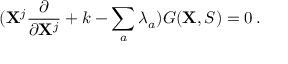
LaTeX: ( { \bf X } ^ { j } \frac { \partial } { \partial { \bf X } ^ { j } } + k - \sum _ { a } \lambda _ { a } ) G ( { \bf X } , S ) = 0 \, .